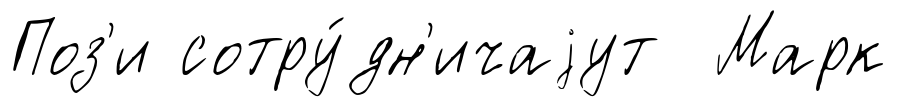
Поз'и сотру́дн'ичаjут Марк